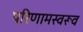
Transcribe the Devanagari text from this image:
परिणामस्वरूव